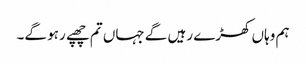
ہم وہاں کھڑے رہیں گے جہاں تم چھپے رہو گے۔